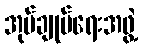
အုပ်ချုပ်ရေးအဖွဲ့